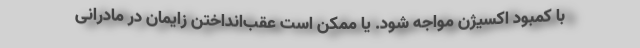
با کمبود اکسیژن مواجه شود. یا ممکن است عقب‌انداختن زایمان در مادرانی